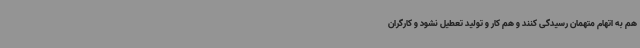
هم به اتهام متهمان رسیدگی کنند و هم کار و تولید تعطیل نشود و کارگران